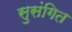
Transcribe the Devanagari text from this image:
सुसंगित